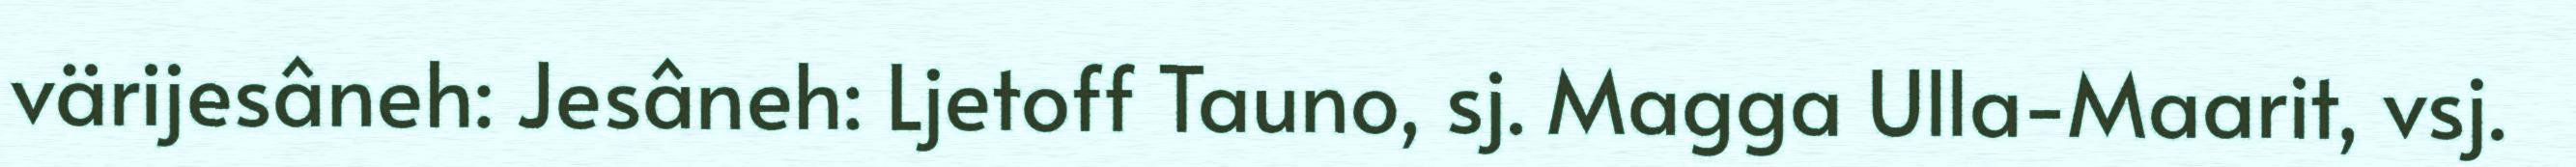
värijesâneh: Jesâneh: Ljetoff Tauno, sj. Magga Ulla-Maarit, vsj.